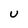
Character: U